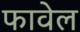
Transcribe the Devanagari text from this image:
फावेल